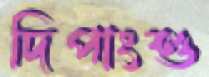
দিপাংশু